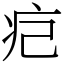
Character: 㽶